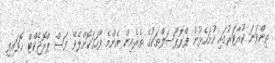
ތިންވަނަ ކުއާޓަރުގައި ހުށަހެޅުނު ޕްރޮޕޯސަލްތަކުގެ ތެރެއިން އެންމެ ފާހަގަކޮށްލެވޭ ފަސް ޕްރޮޖެކްޓް ހޮވައިފި